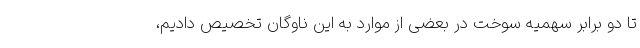
تا دو برابر سهمیه سوخت در بعضی از موارد به این ناوگان تخصیص دادیم،